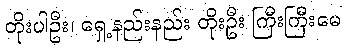
တိုးပါဦး၊ ရှေ့နည်းနည်း တိုးဦး ကြီးကြီးမေ